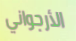
الأرجواني